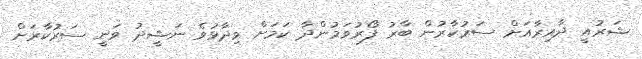
ޝަރުއީ ދާއިރާއަށް ސަރުކާރުން ބާރު ފޯރުވަމުންދާ ކަމަށް ވިދާޅުވެ ނަޝީދު ވަނީ ސަރުކާރަށް